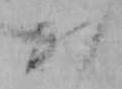
か